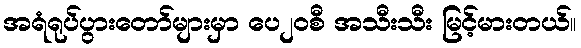
အရံရုပ်ပွားတော်များမှာ ပေ၂၀စီ အသီးသီး မြင့်မားတယ်။